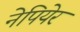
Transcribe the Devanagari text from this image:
नेपियेर